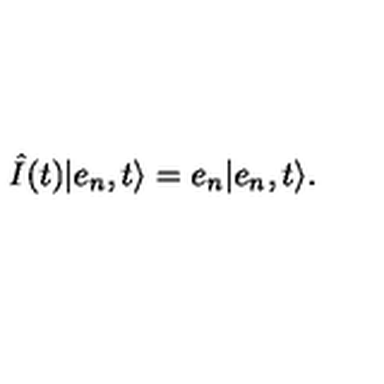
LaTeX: \hat { I } ( t ) \vert e _ { n } , t \rangle = e _ { n } \vert e _ { n } , t \rangle .